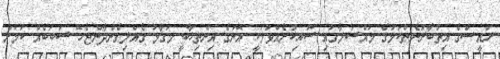
ރައީސްގެ އިތުބާރުނެތްކަމުގެ މައްސަލާގައި ސޮއިކުރެއްވުމަކީ އޭނަގެ އިންތިޚާބީ މަގާމު ގެއްލިގެންދާންޖެހޭ ސަބަބެއް ކަމަށް